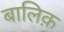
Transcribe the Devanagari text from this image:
बालिक़